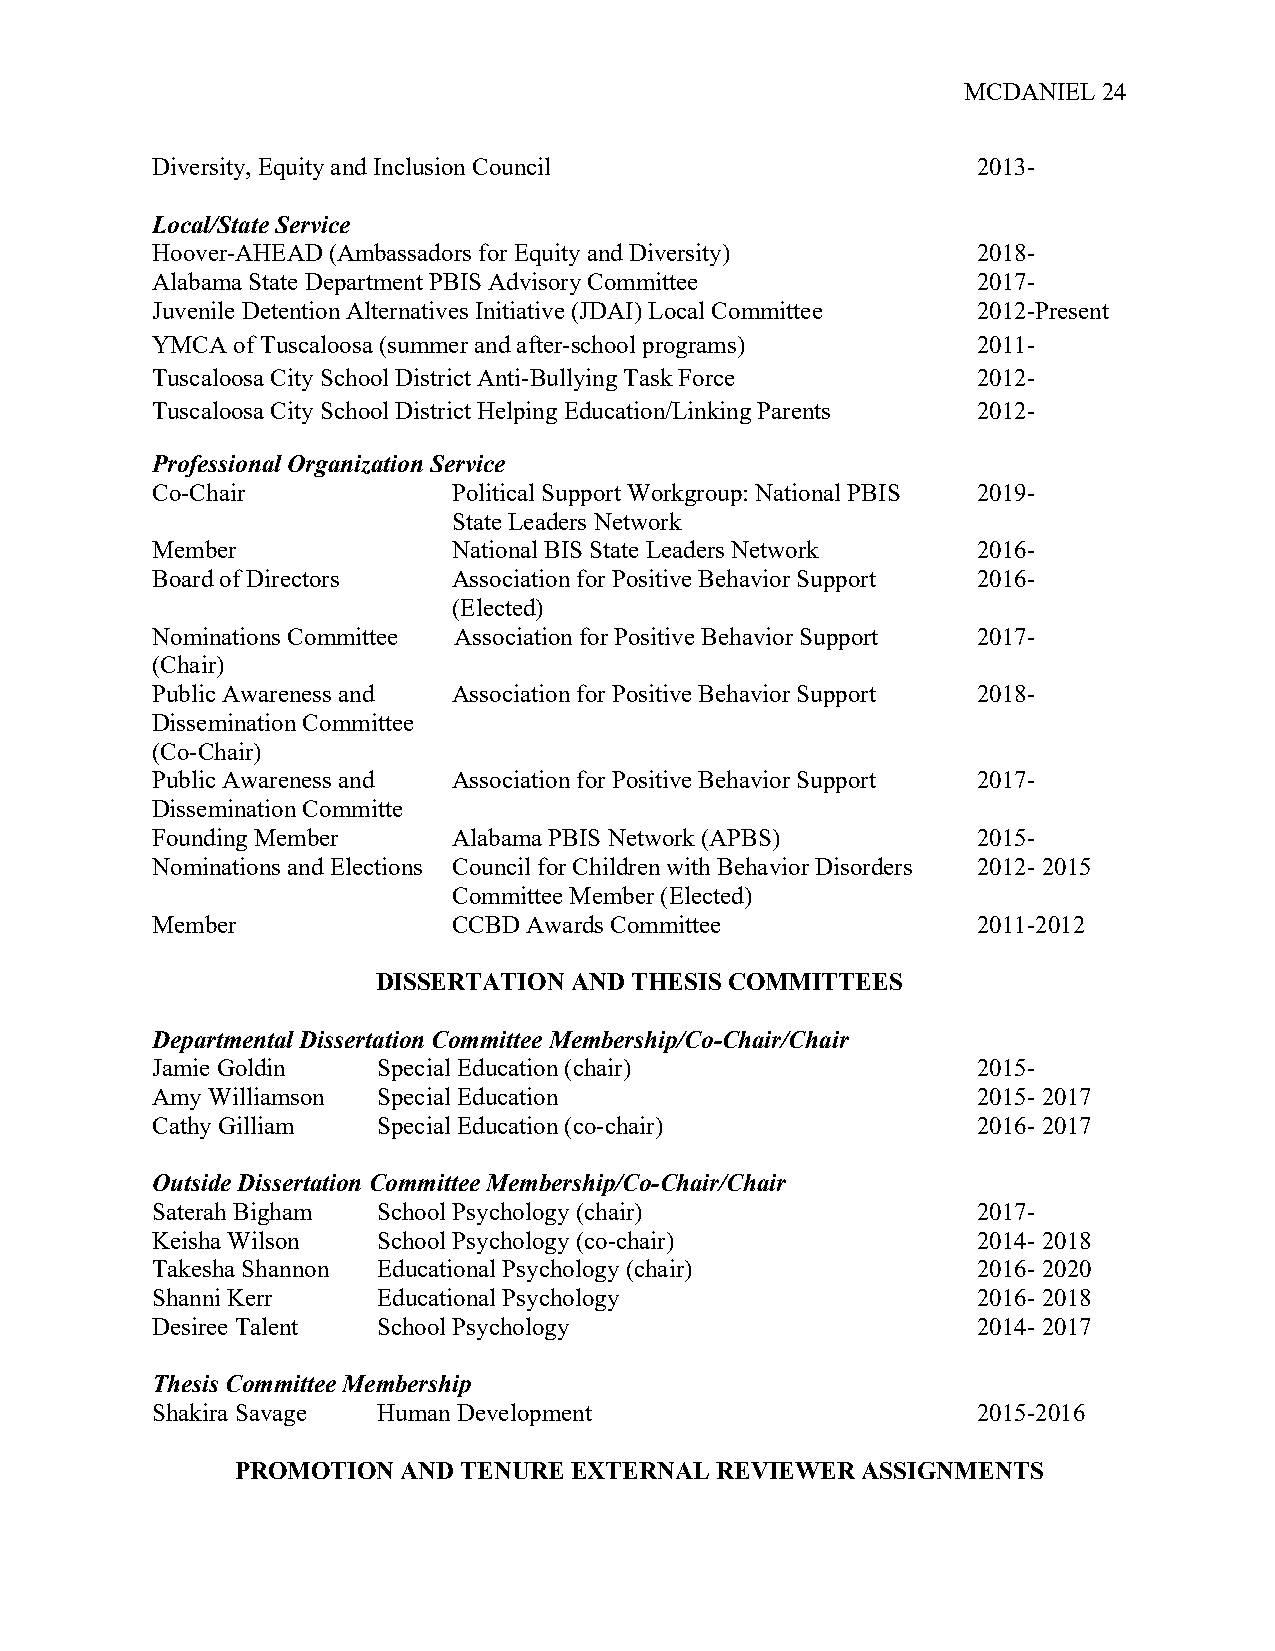
MCDANIEL 24
 Diversity, Equity and Inclusion Council                2013-
 Local/State Service
 Hoover-AHEAD (Ambassadors for Equity and Diversity)    2018-
 Alabama State Department PBIS Advisory Committee       2017-
 Juvenile Detention Alternatives Initiative (JDAI) Local Committee 2012-Present
 YMCA of Tuscaloosa (summer and after-school programs)  2011-
 Tuscaloosa City School District Anti-Bullying Task Force 2012-
 Tuscaloosa City School District Helping Education/Linking Parents 2012-
 Professional Organization Service
 Co-Chair            Political Support Workgroup: National PBIS 2019-
 State Leaders Network
 Member              National BIS State Leaders Network 2016-
 Board of Directors  Association for Positive Behavior Support 2016-
 (Elected)
 Nominations Committee Association for Positive Behavior Support 2017-
 (Chair)
 Public Awareness and Association for Positive Behavior Support 2018-
 Dissemination Committee
 (Co-Chair)
 Public Awareness and Association for Positive Behavior Support 2017-
 Dissemination Committe
 Founding Member     Alabama PBIS Network (APBS)        2015-
 Nominations and Elections Council for Children with Behavior Disorders 2012- 2015
 Committee Member (Elected)
 Member              CCBD Awards Committee              2011-2012
 DISSERTATION AND THESIS COMMITTEES
 Departmental Dissertation Committee Membership/Co-Chair/Chair
 Jamie Goldin   Special Education (chair)               2015-
 Amy Williamson Special Education                       2015- 2017
 Cathy Gilliam  Special Education (co-chair)            2016- 2017
 Outside Dissertation Committee Membership/Co-Chair/Chair
 Saterah Bigham School Psychology (chair)               2017-
 Keisha Wilson  School Psychology (co-chair)            2014- 2018
 Takesha Shannon Educational Psychology (chair)         2016- 2020
 Shanni Kerr    Educational Psychology                  2016- 2018
 Desiree Talent School Psychology                       2014- 2017
 Thesis Committee Membership
 Shakira Savage Human Development                       2015-2016
 PROMOTION  AND TENURE EXTERNAL REVIEWER  ASSIGNMENTS